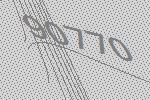
90770